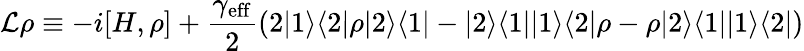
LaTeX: \mathcal{L}\rho\equiv-i[H,\rho]+\frac{\gamma_{\mathrm{eff}}}{2}(2|1\rangle\langle 2|\rho|2\rangle\langle 1|-|2\rangle\langle 1||1\rangle\langle 2|\rho-\rho|2\rangle\langle 1||1\rangle\langle 2|)